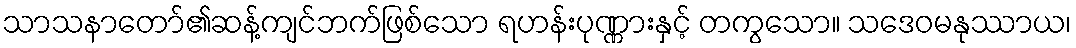
သာသနာတော်၏ဆန့်ကျင်ဘက်ဖြစ်သော ရဟန်းပုဏ္ဏားနှင့် တကွသော။ သဒေဝမနုဿာယ၊